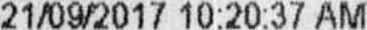
21/09/2017 10:20:37 AM